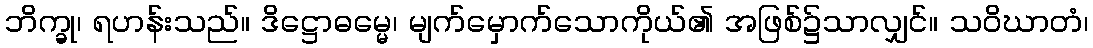
ဘိက္ခု၊ ရဟန်းသည်။ ဒိဋ္ဌောဓမ္မေ၊ မျက်မှောက်သောကိုယ်၏ အဖြစ်၌သာလျှင်။ သဝိဃာတံ၊